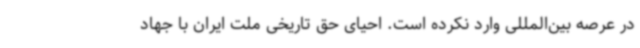
در عرصه‌ بین‌المللی وارد نکرده است. احیای حق تاریخی ملت ایران با جهاد